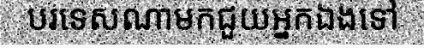
បរទេសណាមកជួយអ្នកឯងទៅ